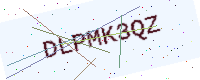
Text: DLPMK3QZ